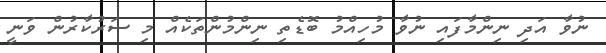
ނުވާ އަދި ނިންމާފައި ނުވާ މުހިއްމު ބޮޑެތި ނިންމުންތަކެއް މި ސަރުކާރުން ވަނީ